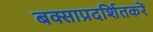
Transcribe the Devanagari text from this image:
बक्साप्रदर्शितकरें